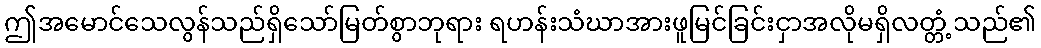
ဤအမောင်သေလွန်သည်ရှိသော်မြတ်စွာဘုရား ရဟန်းသံဃာအားဖူမြင်ခြင်းငှာအလိုမရှိလတ္တံ့သည်၏